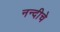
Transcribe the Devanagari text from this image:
नन्दीचे